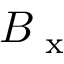
B _ { \textrm { x } }